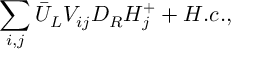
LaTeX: \sum _ { i , j } \bar { U } _ { L } { \cal V } _ { i j } D _ { R } H _ { j } ^ { + } + H . c . ,